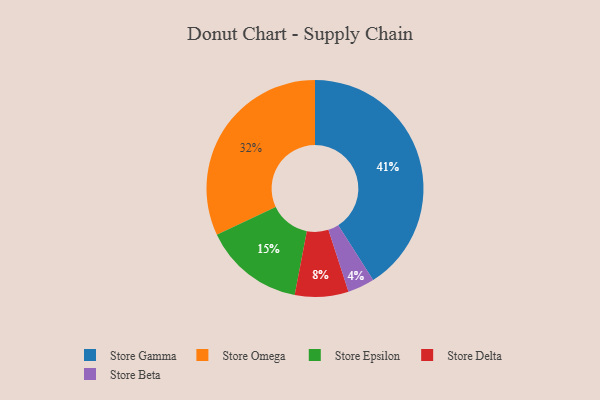
{"axis": {"x": "Category", "y": "Percentage"}, "legend": ["Store Beta", "Store Delta", "Store Epsilon", "Store Gamma", "Store Omega"], "data": [{"x": "Store Omega", "y": 32, "type": "Store Omega"}, {"x": "Store Delta", "y": 8, "type": "Store Delta"}, {"x": "Store Gamma", "y": 41, "type": "Store Gamma"}, {"x": "Store Beta", "y": 4, "type": "Store Beta"}, {"x": "Store Epsilon", "y": 15, "type": "Store Epsilon"}]}